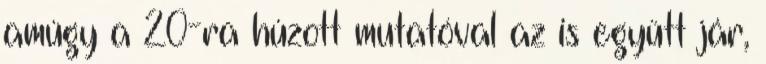
amúgy a 20-ra húzott mutatóval az is együtt jár,